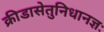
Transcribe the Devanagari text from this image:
क्रीडासेतुनिधानज्ञः